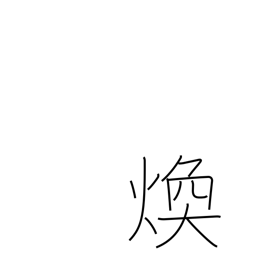
Meaning: shine